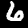
Label: 6